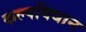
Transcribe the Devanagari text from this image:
कल्पविधान